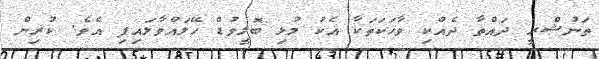
ތަނުޝްރީ ދައްތާ ދެއްކި ވާހަކަތަކާ އެކު މުޅި ބޮލީވުޑް ހޭލައްވާލައިފި އެވެ. ކުރިން